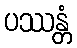
ပဿန္တံ